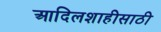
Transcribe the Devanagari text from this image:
आदिलशाहीसाठी